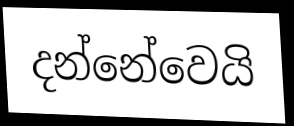
දන්නේවෙයි